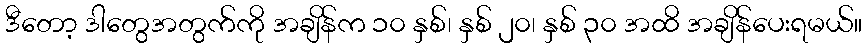
ဒီတော့ ဒါတွေအတွက်ကို အချိန်က ၁၀ နှစ်၊ နှစ် ၂၀၊ နှစ် ၃၀ အထိ အချိန်ပေးရမယ်။